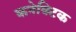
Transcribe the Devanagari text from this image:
कनेक्टिक